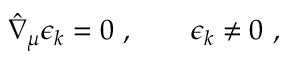
\hat { \nabla } _ { \mu } \epsilon _ { k } = 0 \ , \qquad \epsilon _ { k } \neq 0 \ ,